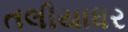
તલીયાધર